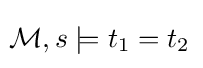
\!{\mathcal {M}},s\models t_{1}=t_{2}